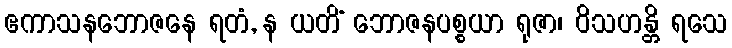
ဧကာသနဘောဇနေ ရတံ, န ယတိံ ဘောဇနပစ္စယာ ရုဇာ၊ ဝိသဟန္တိ ရသေ